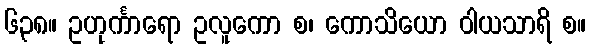
၆၃၈။ ဥဟုင်္ကာရော ဥလူကော စ၊ ကောသိယော ဝါယသာရိ စ။